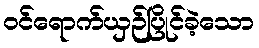
ဝင်ရောက်ယှဉ်ပြိုင်ခဲ့သော